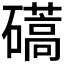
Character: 𥖰